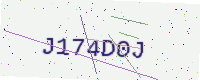
Text: J174D0J